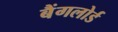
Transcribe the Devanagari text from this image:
बैंगलोर्ड